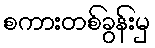
စကားတစ်ခွန်းမှ